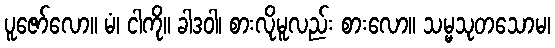
ပူဇော်လော။ မံ၊ ငါကို။ ခါဒဝါ၊ စားလိုမူလည်း စားလော။ သမ္မသုတသောမ၊